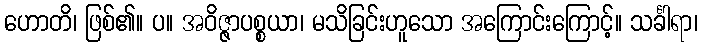
ဟောတိ၊ ဖြစ်၏။ ပ။ အဝိဇ္ဇာပစ္စယာ၊ မသိခြင်းဟူသော အကြောင်းကြောင့်။ သင်္ခါရာ၊